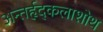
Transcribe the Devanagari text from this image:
अन्तर्हृद्कलाशोथ